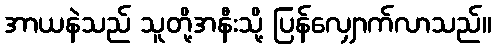
အာယနဲသည် သူတို့အနီးသို့ ပြန်လျှောက်လာသည်။